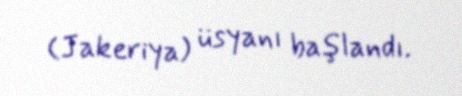
(Jakeriya) üsyanı başlandı.